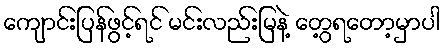
ကျောင်းပြန်ဖွင့်ရင် မင်းလည်းမြနဲ့ တွေ့ရတော့မှာပါ